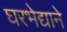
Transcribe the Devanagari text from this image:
घरभेद्याने